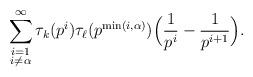
LaTeX: \begin{align*} \sum_{\substack{i=1 \\ i \ne \alpha}}^{\infty} \tau_k(p^i) \tau_{\ell}(p^{\min(i,\alpha)}) \Big( \frac{1}{p^i} - \frac{1}{p^{i+1}} \Big). \end{align*}